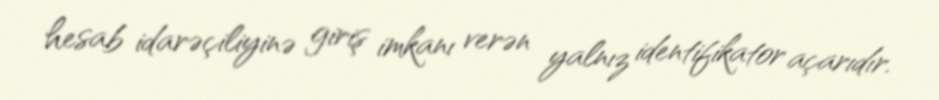
hesab idarəçiliyinə giriş imkanı verən yalnız identifikator açarıdır.